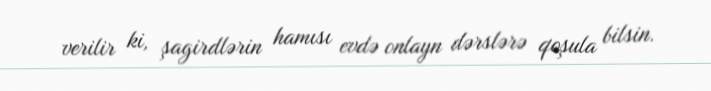
verilir ki, şagirdlərin hamısı evdə onlayn dərslərə qoşula bilsin.